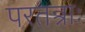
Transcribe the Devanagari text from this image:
परतन्त्राः